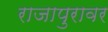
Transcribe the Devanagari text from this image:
राजापुरावर